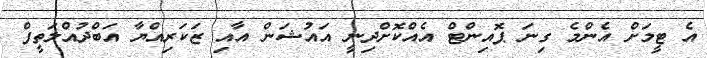
އެ ޓީމަށް އެންމެ ގިނަ ޕޮއިންޓް އެއްކޮށްދިނީ އައުޝަން އާއި ޒަކަރިއްޔާ އަބްދުއްލަތީފް